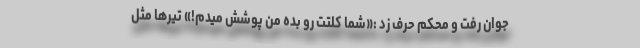
جوان رفت و محکم حرف زد :«شما کلتت رو بده من پوشش میدم!» تیرها مثل